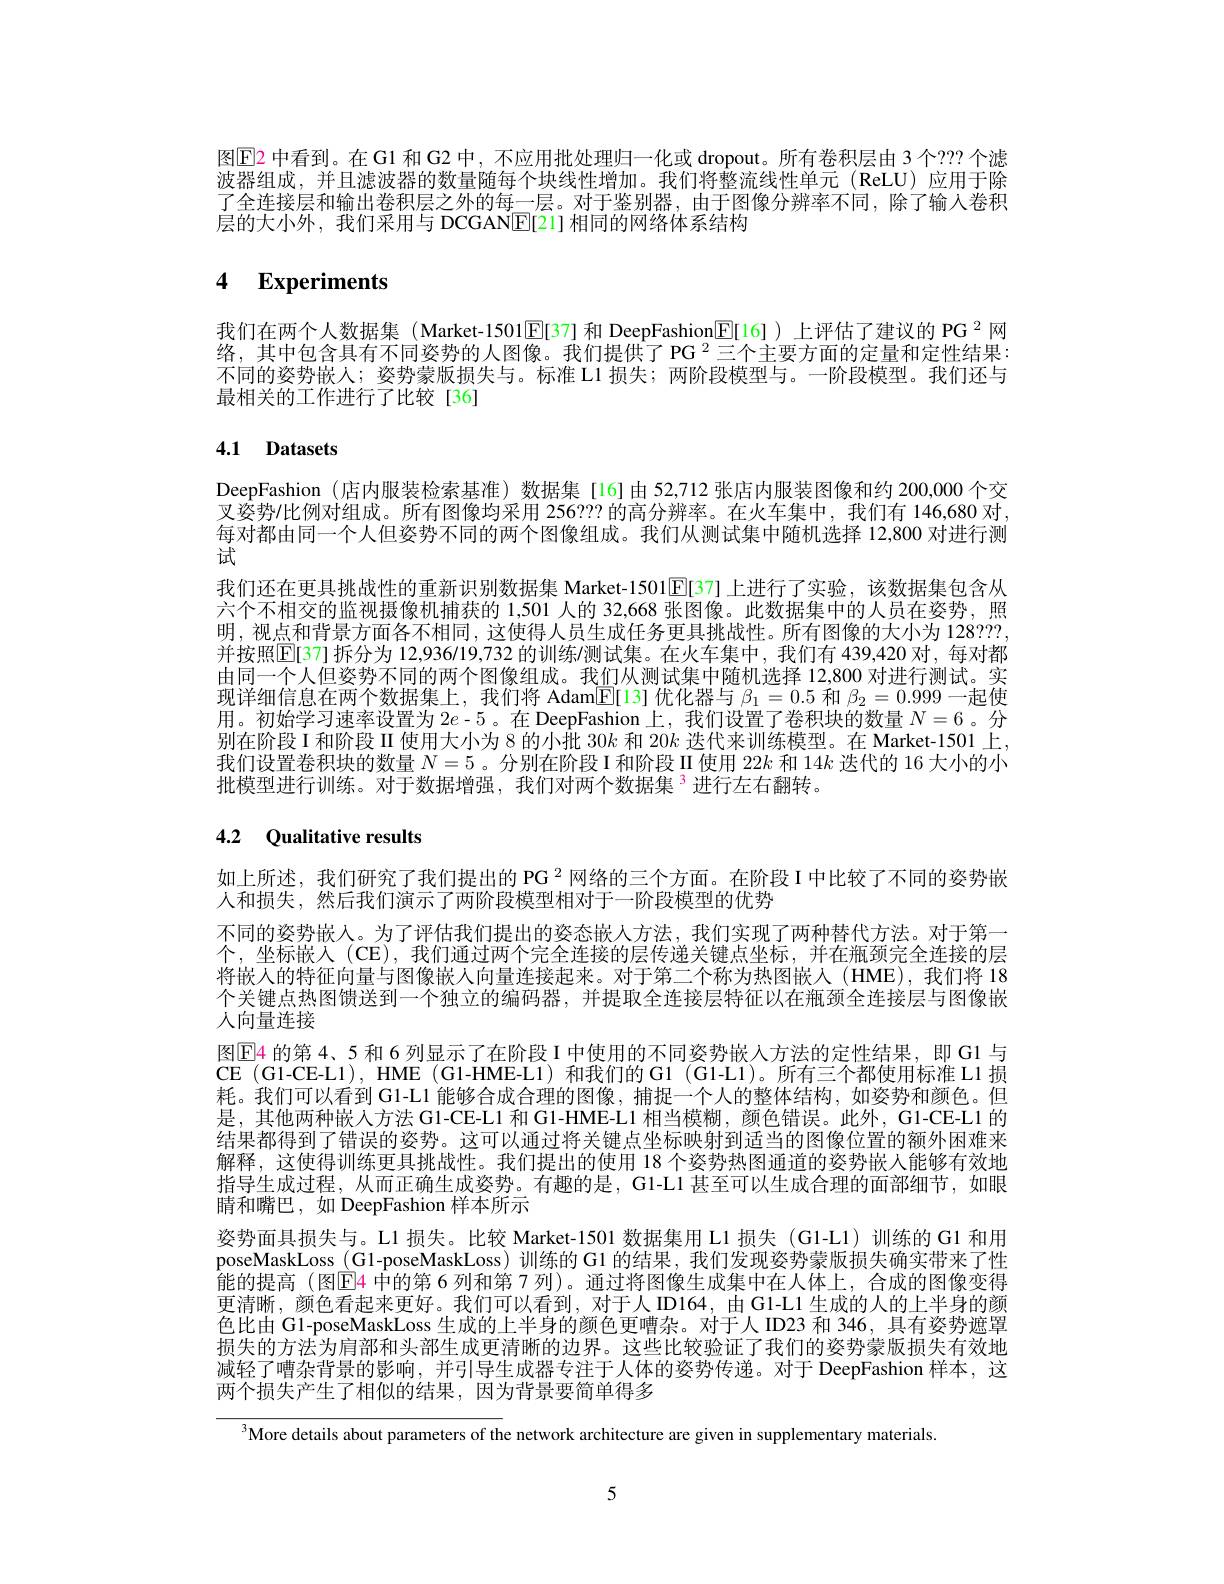
图$\operatorname{E2}$ 中看到。在 G1 和 G2 中，不应用批处理归一化或 dropout。所有卷积层由 3 个？?? 个滤波器组成，并且滤波器的数量随每个块线性增加。我们将整流线性单元(ReLU)应用于除了全连接层和输出卷积层之外的每一层。对于鉴别器，由于图像分辨率不同，除了输人卷积层的大小外，我们采用与 DCGAN[E[21] 相同的网络体系结构

4 Experiments

我们在两个人数据集 (Market-1501[E[37] 和 DeepFashion$\boxed{\mathrm{F}}[16]$ )上评估了建议的 PG $^2$网络，其中包含具有不同姿势的人图像。我们提供了 PG $^2$三个主要方面的定量和定性结果： 不同的姿势嵌人；姿势蒙版损失与。标准 L1 损失；两阶段模型与。一阶段模型。我们还与最相关的工作进行了比较[36]

# 4.1 Datasets

DeepFashion (店内服装检索基准)数据集[16]由 52,712 张店内服装图像和约 200,000个交叉姿势/比例对组成。所有图像均采用 256??? 的高分辨率。在火车集中，我们有 146,680 对每对都由同一个人但姿势不同的两个图像组成。我们从测试集中随机选择 12,800 对进行测试
我们还在更具挑战性的重新识别数据集 Market-1501$\mathbb{E}[37]$上进行了实验，该数据集包含从六个不相交的监视摄像机捕获的 1,501 人的 32,668 张图像。此数据集中的人员在姿势，照明，视点和背景方面各不相同，这使得人员生成任务更具挑战性。所有图像的大小为 128??? 并按照$\boxed{\text{E[37]拆分为 12,936/19,732 的训练/测试集。在火车集中，我们有 439,420 对，每对都}}$ 由同一个人但姿势不同的两个图像组成。我们从测试集中随机选择 12,800 对进行测试。实现详细信息在两个数据集上，我们将 Adam$\overline{\mathbb{E}}[13]$优化器与$\beta_1=0.5$和$\beta_2=0.999$一起使用。初始学习速率设置为$2e-5$。在 DeepFashion 上，我们设置了卷积块的数量$N=6$ 。分别在阶段 I 和阶段 II 使用大小为 8 的小批 30$k$和 20$k$迭代来训练模型。在 Market-1501 上， 我们设置卷积块的数量$N=5$ 。分别在阶段 II 使用$22k$和 14$k$迭代的 16 大小的小批模型进行训练。对于数据增强，我们对两个数据集$^{\textcircled{3}}$进行左右翻转。

# 4.2 Qualitative results

如上所述，我们研究了我们提出的 PG $^{2}$网络的三个方面。在阶段 I 中比较了不同的姿势嵌
入和损失，然后我们演示了两阶段模型相对于一阶段模型的优势
不同的姿势嵌人。为了评估我们提出的姿态嵌人方法，我们实现了两种替代方法。对于第一个，坐标嵌人(CE),我们通过两个完全连接的层传递关键点坐标，并在瓶颈完全连接的层将嵌人的特征向量与图像嵌人向量连接起来。对于第二个称为热图嵌入(HME),我们将 18个关键点热图馈送到一个独立的编码器，并提取全连接层特征以在瓶颈全连接层与图像嵌人向量连接
图$\mathbb{E}$4 的第 4、5 和 6 列显示了在阶段 I 中使用的不同姿势嵌入方法的定性结果，即 G1 与CE (G1-CE-L1),HME (G1-HME-L1)和我们的 G1 (Gl-L1)。所有三个都使用标准 L1 损耗。我们可以看到 Gl-L1 能够合成合理的图像，捕捉一个人的整体结构，如姿势和颜色。但是，其他两种嵌人方法 G1-CE-L1 和 G1-HME-L1 相当模糊，颜色错误。此外，G1-CE-L1 的结果都得到了错误的姿势。这可以通过将关键点坐标映射到适当的图像位置的额外困难来解释，这使得训练更具挑战性。我们提出的使用 18 个姿势热图通道的姿势嵌人能够有效地指导生成过程，从而正确生成姿势。有趣的是，Gl-L1 甚至可以生成合理的面部细节，如眼睛和嘴巴，如 DeepFashion 样本所示
姿势面具损失与。L1 损失。比较 Market-1501 数据集用 L1 损失 (Gl-L1) 训练的 G1 和用poseMaskLoss (G1-poseMaskLoss) 训练的 G1 的结果，我们发现姿势蒙版损失确实带来了性能的提高 (图E4 中的第 6 列和第 7 列)。通过将图像生成集中在人体上，合成的图像变得更清晰，颜色看起来更好。我们可以看到，对于人 ID164,由 G1-L1 生成的人的上半身的颜色比由 G1-poseMaskLoss 生成的上半身的颜色更嘈杂。对于人 ID23 和 346, 具有姿势遮罩损失的方法为肩部和头部生成更清晰的边界。这些比较验证了我们的姿势蒙版损失有效地减轻了嘈杂背景的影响，并引导生成器专注于人体的姿势传递。对于 DeepFashion 样本，这两个损失产生了相似的结果，因为背景要简单得多

More details about parameters of the network architecture are given in supplementary materials.

5